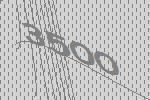
3500